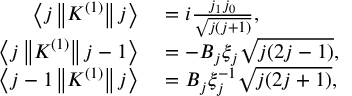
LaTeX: \begin{array} { r l } { \left\langle j \left\| K ^ { ( 1 ) } \right\| j \right\rangle } & { { } = i { \frac { j _ { 1 } j _ { 0 } } { \sqrt { j ( j + 1 ) } } } , } \\ { \left\langle j \left\| K ^ { ( 1 ) } \right\| j - 1 \right\rangle } & { { } = - B _ { j } \xi _ { j } { \sqrt { j ( 2 j - 1 ) } } , } \\ { \left\langle j - 1 \left\| K ^ { ( 1 ) } \right\| j \right\rangle } & { { } = B _ { j } \xi _ { j } ^ { - 1 } { \sqrt { j ( 2 j + 1 ) } } , } \end{array}